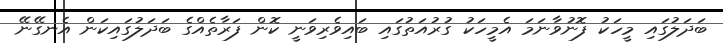
ބަދަލުގައި މީހަކު ފޮނުވާނަމަ އެމީހަކު ގުރުއަތުގައި ބައިވެރިވަނީ ކޮން ފަރާތެއްގެ ބަދަލުގައިކަން އެނގޭނޭ